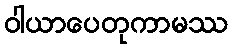
ဝါယာပေတုကာမဿ